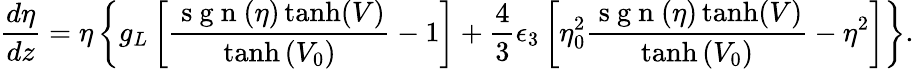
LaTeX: \frac{d\eta}{dz}=\eta\left\lbrace g_{L}\left[\frac{\mathrm{~s~g~n~}(\eta)\operatorname{tanh}(V)}{\operatorname{tanh}\left(V_{0}\right)}-1\right]+\frac{4}{3}\epsilon_{3}\left[\eta_{0}^{2}\frac{\mathrm{~s~g~n~}(\eta)\operatorname{tanh}(V)}{\operatorname{tanh}\left(V_{0}\right)}-\eta^{2}\right]\right\rbrace.